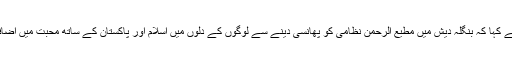
مقررین نے کہا کہ بنگلہ دیش میں مطیع الرحمن نظامی کو پھانسی دینے سے لوگوں کے دلوں میں اسلام اور پاکستان کے ساتھ محبت میں اضافہ ہوا ہے۔